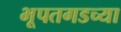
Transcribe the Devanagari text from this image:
भूपतगडच्या